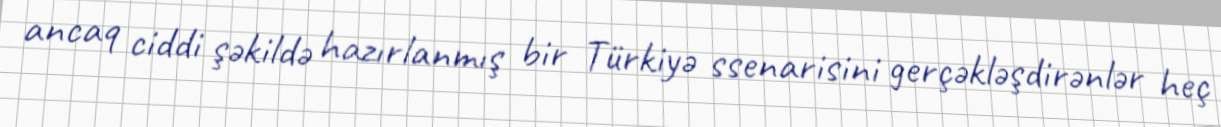
ancaq ciddi şəkildə hazırlanmış bir Türkiyə ssenarisini gerçəkləşdirənlər heç